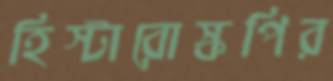
হিস্টারোস্কপির